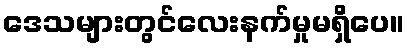
ဒေသများတွင်လေးနက်မှုမရှိပေ။